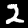
Label: 2